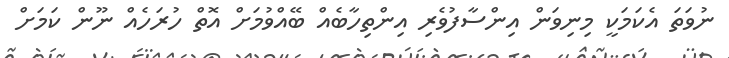
ނުވަތަ އެކަމަކީ މިނިވަން އިންސާފުވެރި އިންތިހާބެއް ބޭއްވުމަށް އޮތް ހުރަހެއް ނޫން ކަމަށް